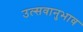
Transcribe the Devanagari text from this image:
उत्सवानुभाव